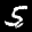
Label: 5